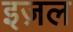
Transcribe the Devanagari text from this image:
इज़ल